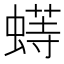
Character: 𬠟